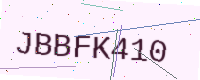
Text: JBBFK410